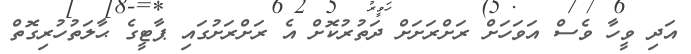
އަދި ވީހާ ވެސް އަވަހަށް ރަށްރަށަށް ދަތުރުކޮށް އެ ރަށްރަށުގައި ޕާޓީގެ ޙާލަތުހުރިގޮތް